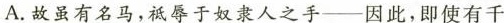
A. 故虽有名马，祗辱于奴隶人之手——因此，即使有千